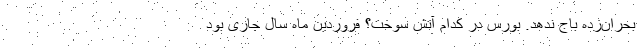
بحران‌زده باج ندهد. بورس در کدام آتش سوخت؟ فروردین ماه سال جاری بود